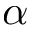
\alpha